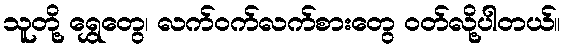
သူတို့ ရွှေတွေ၊ လက်ဝက်လက်စားတွေ ဝတ်လို့ပါတယ်။